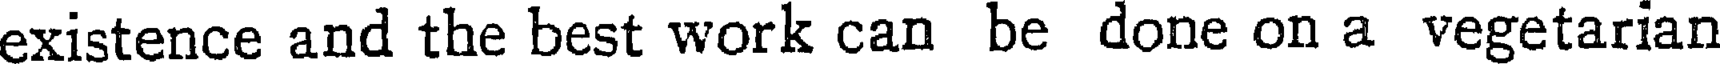
existence and the best work can be done on a vegetarian